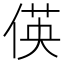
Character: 偀